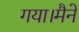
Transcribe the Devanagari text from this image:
गया।मैने